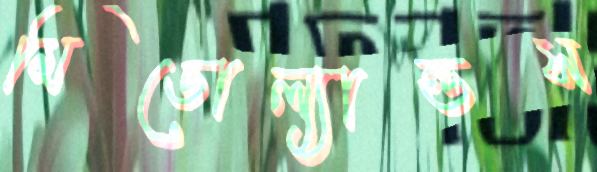
মিডোল্যান্ডস